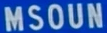
MSOUN